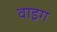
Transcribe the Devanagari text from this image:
वाइग